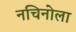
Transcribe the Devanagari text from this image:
नचिनोला